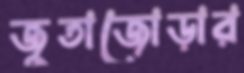
জুতাজোড়ার